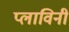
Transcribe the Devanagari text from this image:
प्लाविनी